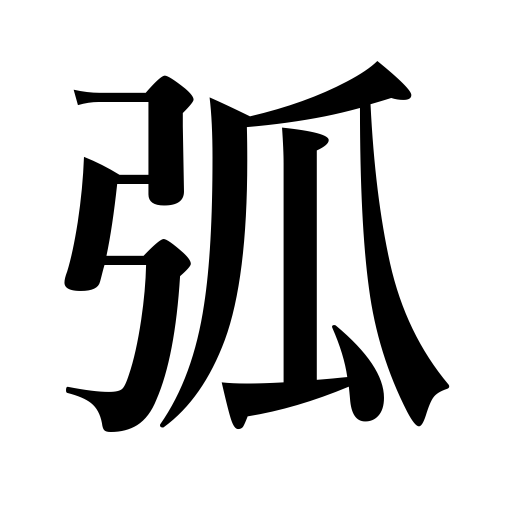
Meanings: arc,bow,arch